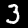
Label: 3